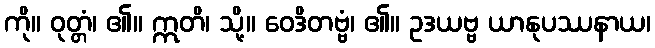
ကို။ ဝုတ္တံ၊ ၏။ ဣတိ၊ သို့။ ဝေဒိတဗ္ဗံ၊ ၏။ ဥဒယဗ္ဗ ယာနုပဿနာယ၊